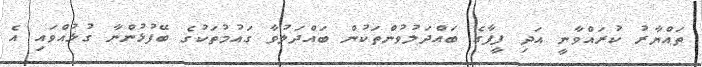
ތައްޔާރު ކުރައްވާނީ އަދި ފީފާގެ ބައްދަލުވުންތަކުން ބައްދަލުވާ ގައުމުތަކުގެ ބޭފުޅުންނާ ގުޅުއްވައި އެ